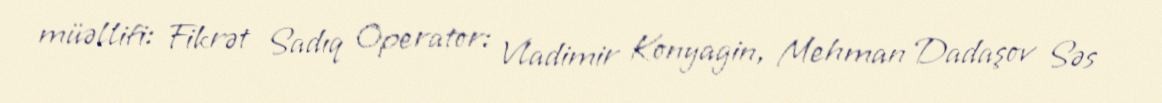
müəllifi: Fikrət Sadıq Operator: Vladimir Konyagin, Mehman Dadaşov Səs